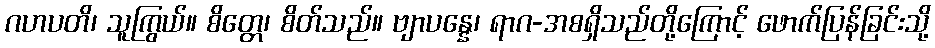
ဂဟပတိ၊ သူကြွယ်။ စိတ္တေ၊ စိတ်သည်။ ဗျာပန္နေ၊ ရာဂ-အစရှိသည်တို့ကြောင့် ဖောက်ပြန်ခြင်းသို့